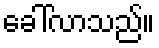
ခေါ်လာသည်။